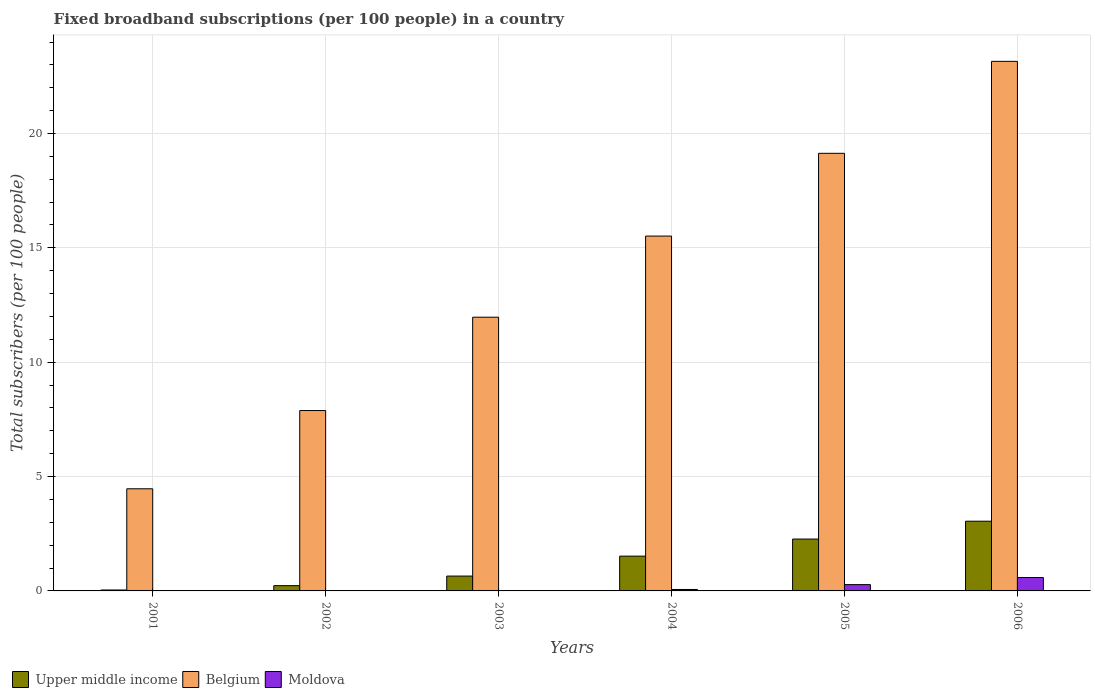
| Years | Upper middle income | Belgium | Moldova |
 | --- | --- | --- | --- |
 | 2001 | 0.0408 | 4.47 | 0.00591 |
 | 2002 | 0.23 | 7.89 | 0.0105 |
 | 2003 | 0.649 | 12 | 0.0153 |
 | 2004 | 1.52 | 15.5 | 0.0635 |
 | 2005 | 2.27 | 19.1 | 0.276 |
 | 2006 | 3.05 | 23.2 | 0.587 |